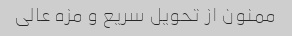
ممنون از تحویل سریع و مزه عالی